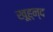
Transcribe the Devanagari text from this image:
खूह्न्द